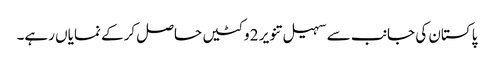
پاکستان کی جانب سے سہیل تنویر 2 وکٹیں حاصل کرکے نمایاں رہے۔